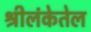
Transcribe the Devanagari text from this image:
श्रीलंकेतेल